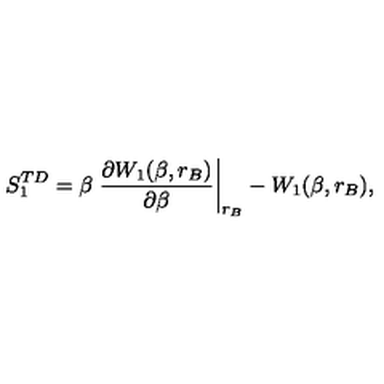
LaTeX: S _ { 1 } ^ { T D } = \beta \left. { \frac { \partial { W _ { 1 } ( \beta , r _ { B } ) } } { \partial \beta } } \right| _ { r _ { B } } - W _ { 1 } ( \beta , r _ { B } ) ,